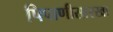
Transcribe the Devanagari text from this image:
पिपाणीसारखा